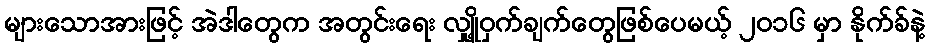
များသောအားဖြင့် အဲဒါတွေက အတွင်းရေး လျှို့ဝှက်ချက်တွေဖြစ်ပေမယ့် ၂၀၁၆ မှာ နိုက်ခ်နဲ့